Vaccination Hyderabad 1890-1903 - 1890-1903
Year: 1890
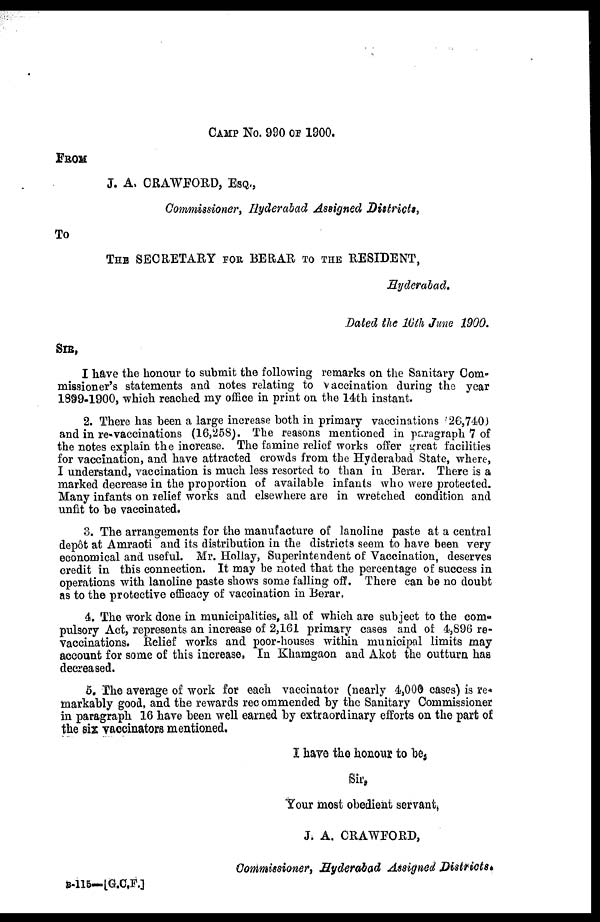
CAMP No. 990 OF 1900.
FROM
J. A. CRAWFORD, ESQ.,
Commissioner, Hyderabad Assigned Districts,
To
THE SECRETARY FOR BERAR TO THE RESIDENT,
Hyderabad.
Dated the 16th June 1900.
SIR,
I have the honour to submit the following remarks on the Sanitary Com-
missioner's statements and notes relating to vaccination during the year
1899-1900, which reached my office in print on the 14th instant.
2. There has been a large increase both in primary vaccinations (26,740)
and in re-vaccinations (16,258). The reasons mentioned in paragraph 7 of
the notes explain the increase. The famine relief works offer great facilities
for vaccination, and have attracted crowds from the Hyderabad State, where,
I understand, vaccination is much less resorted to than in Berar. There is a
marked decrease in the proportion of available infants who were protected.
Many infants on relief works and elsewhere are in wretched condition and
unfit to be vaccinated.
3. The arrangements for the manufacture of lanoline paste at a central
depôt at Amraoti and its distribution in the districts seem to have been very
economical and useful. Mr. Hollay, Superintendent of Vaccination, deserves
credit in this connection. It may be noted that the percentage of success in
operations with lanoline paste shows some falling off. There can be no doubt
as to the protective efficacy of vaccination in Berar.
4. The work done in municipalities, all of which are subject to the com-
pulsory Act, represents an increase of 2,161 primary cases and of 4,896 re-
vaccinations. Relief works and poor-houses within municipal limits may
account for some of this increase, In Khamgaon and Akot the outturn has
decreased.
5. The average of work for each vaccinator (nearly 4,000 cases) is re-
markably good, and the rewards recommended by the Sanitary Commissioner
in paragraph 16 have been well earned by extraordinary efforts on the part of
the six vaccinators mentioned.
I have the honour to be,
Sir,
Your most obedient servant,
J. A. CRAWFORD,
Commissioner, Hyderabad Assigned Districts.
B-115—[G.CF.]